Vaccine operations Central Provinces 1900-1911 - 1900-1911
Year: 1900
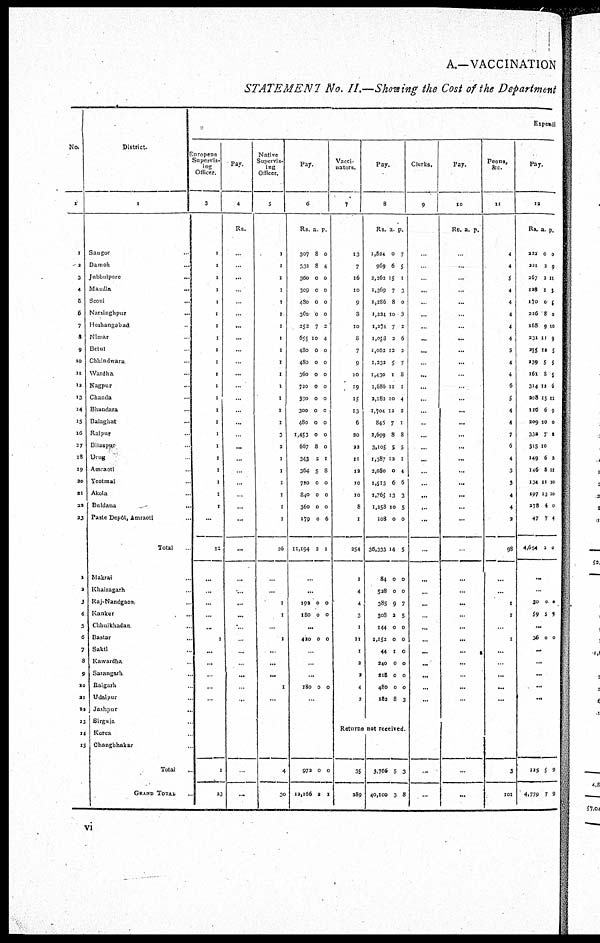
A.—VACCINATION
STATEMENT No. II.—Showing the Cost of the Department
No.
1
1
2
3
4
5
6
7
8
9
10
11
12
13
14
15
16
17
18
19
20
21
22
23
1
2
3
4
5
6
7
8
9
10
11
12
13
14
15
District.
2
Saugor ...
Damoh
...
Jubbulpore
...
Mandla ...
Seoni ...
Narsinghpur ...
Hoshangabad ...
Nimar ...
Betul ...
Chhindwara ...
Wardha ...
Nagpur ...
Chanda ...
Bhandara ...
Balaghat ...
Raipur ...
Bilaspur ...
Drug ...
Amraoti ...
Yeotmal ...
Akola ...
Buldana ...
Paste Depot, Amraoti ...
Total
Makrai ...
Khairagarh ...
Raj-Nandgaon ...
Ranker ...
Chhuikhadan ...
Bastar ...
Sakti ...
Kawardha ...
Sarangarh ...
Raigarh ...
Udaipur ...
Jashpur ...
Sirgula ...
Korea ...
Changbhakar ...
Total ...
GRAND TOTAL ...
Expendi
European
Supervis-
ing
Officer.
3
1
1
1
1
1
1
1
1
1
1
1
1
1
1
1
1
1
1
1
1
1
1
...
22
...
...
...
...
...
1
...
...
...
...
...
1
23
Pay
4
Rs.
...
...
...
...
...
...
...
...
...
...
...
...
...
...
...
...
...
...
...
...
...
...
...
...
...
...
...
...
...
...
...
...
...
...
...
...
Native
Supervis-
ing
Officer.
5
1
1
1
1
1
1
1
1
1
1
1
1
1
1
1
3
2
1
1
1
1
1
1
26
...
...
1
1
...
1
...
...
...
1
...
4
30
Pay.
6
Rs.
307
332
360
309
480
360
252
655
480
480
360
720
390
300
480
1,453
667
343
364
720
840
360
179
11,194
a
8
8
0
0
0
0
7
10
0
0
0
0
0
0
0
0
8
2
5
0
0
0
0
2
p
0
4
0
0
0
0
2
4
0
0
0
0
0
0
0
0
0
1
8
0
0
0
6
1
...
...
182
180
0
0
0
0
...
420 0 0
...
...
...
180 0 0
...
972
12,166
0
2
0
1
Vacci-
nators.
7
13
7
16
10
9
3
10
8
7
9
10
19
15
13
6
20
22
11
12
10
10
8
1
254
1
4
4
3
1
11
1
2
2
4
2
Pay.
8
Rs.
1,824
969
2,262
1,369
1,286
1,234
1,274
1,058
1,062
1,232
1,430
2,686
2,182
1,704
845
2,699
3,105
1,387
2,080
1,513
1,765
1,258
108
36,333
84
528
385
308
144
1,152
44
240
218
480
182
a
0
6
15
7
8
10
7
2
12
5
1
11
10
12
7
8
5
12
0
6
13
10
0
14
0
0
9
2
0
0
1
0
0
0
8
p.
7
5
1
3
0
3
2
6
3
7
8
1
4
2
1
8
5
1
4
6
3
5
0
5
0
0
7
5
0
0
0
0
0
0
3
Returns not received
35
289
3,766
40,100
5
3
3
8
Clerks.
9
...
...
...
...
...
...
...
...
...
...
...
...
...
...
...
...
...
...
...
...
...
...
...
...
...
...
...
...
...
...
...
...
...
...
...
...
Pay.
10
Rs a. p.
...
...
...
...
...
...
...
...
...
...
...
...
...
...
...
...
...
...
...
...
...
...
...
...
...
...
...
...
...
...
...
...
...
...
...
...
Peons,
&c.
11
4
4
5
4
4
4
4
4
5
4
4
6
5
4
4
7
6
4
3
3
4
4
2
98
...
...
1
1
...
1
...
...
...
...
...
3
101
Pay.
12
Rs.
222
221
267
128
170
226
168
231
255
139
161
314
208
126
209
332
315
149
146
134
197
278
47
4,654
a
0
2
2
1
0
8
9
11
10
5
8
12
15
6
10
7
10
6
8
11
13
4
7
2
p.
0
9
11
1
1
0
10
9
5
5
5
6
11
9
0
2
2
11
10
10
0
4
0
...
...
20
59
0
5
0
0
...
36 0 0
...
...
...
...
...
125
4,779
5
7
9
9
vi